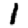
Digit: 1